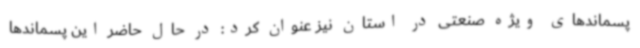
پسماندهای ویژه صنعتی در استان نیز عنوان کرد: در حال حاضر این پسماندها